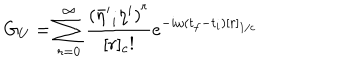
LaTeX: G _ { U } = \sum _ { r = 0 } ^ { \infty } \frac { { ( { { \bar { \eta } } ^ { \prime } } _ { i } { \eta } ^ { i } ) } ^ { r } } { [ r ] _ { c } ! } e ^ { - i \omega ( t _ { f } - t _ { i } ) [ r ] _ { 1 / c } }